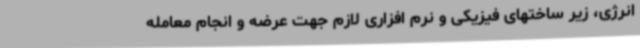
انرژی، زیر ساختهای فیزیکی و نرم افزاری لازم جهت عرضه و انجام معامله